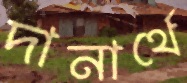
দানার্থে